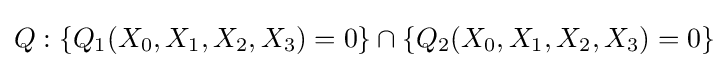
Q:\{Q_{1}(X_{0},X_{1},X_{2},X_{3})=0\}\cap \{Q_{2}(X_{0},X_{1},X_{2},X_{3})=0\}